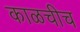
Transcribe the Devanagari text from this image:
काळचीच